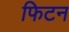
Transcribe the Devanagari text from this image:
फिटन